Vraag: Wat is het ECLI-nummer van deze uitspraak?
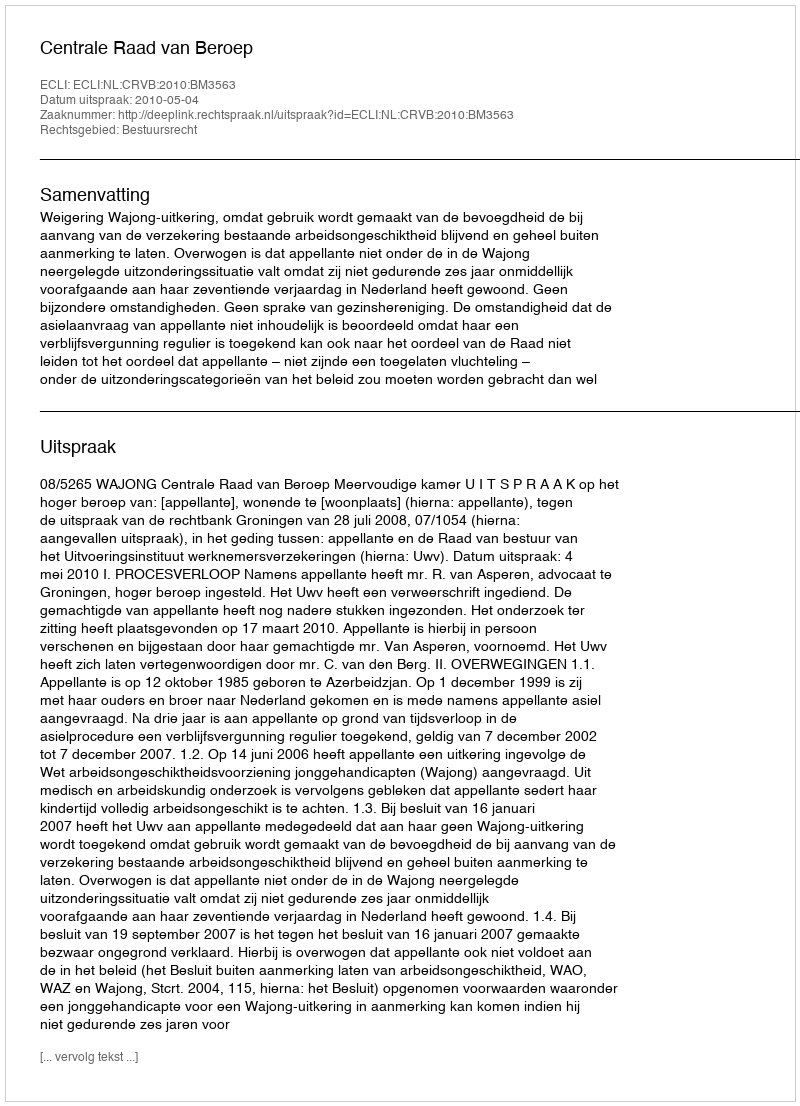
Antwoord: ECLI:NL:CRVB:2010:BM3563